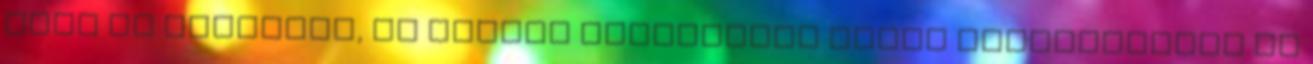
hogy az emberben, az emberi struktúrán belül megtalálható és